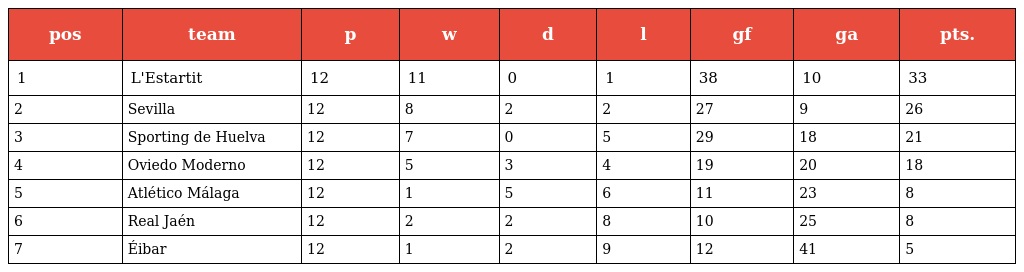
| pos | team | p | w | d | l | gf | ga | pts. |
 | --- | --- | --- | --- | --- | --- | --- | --- | --- |
 | 1 | L'Estartit | 12 | 11 | 0 | 1 | 38 | 10 | 33 |
 | 2 | Sevilla | 12 | 8 | 2 | 2 | 27 | 9 | 26 |
 | 3 | Sporting de Huelva | 12 | 7 | 0 | 5 | 29 | 18 | 21 |
 | 4 | Oviedo Moderno | 12 | 5 | 3 | 4 | 19 | 20 | 18 |
 | 5 | Atlético Málaga | 12 | 1 | 5 | 6 | 11 | 23 | 8 |
 | 6 | Real Jaén | 12 | 2 | 2 | 8 | 10 | 25 | 8 |
 | 7 | Éibar | 12 | 1 | 2 | 9 | 12 | 41 | 5 |